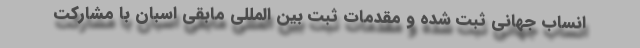
انساب جهانی ثبت شده و مقدمات ثبت بین المللی مابقی اسبان با مشارکت